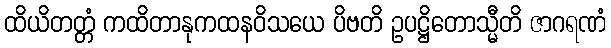
ထိယိတတ္တံ ကထိတာနုကထနဝိသယေ ပိဗတိ ဥပဋ္ဌိတောသ္မီတိ ဇာဂရဏံ